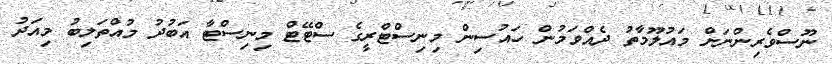
ނޫސްވެރިންނަށް މައުލޫމާތު ދެއްވަމުން ހައުސިން މިނިސްޓްރީގެ ސްޓޭޓް މިނިސްޓާ އަބުދު މުއްތަލިބު މިއަދު